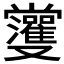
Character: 𱑾